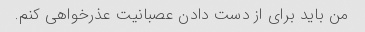
من باید برای از دست دادن عصبانیت عذرخواهی کنم.